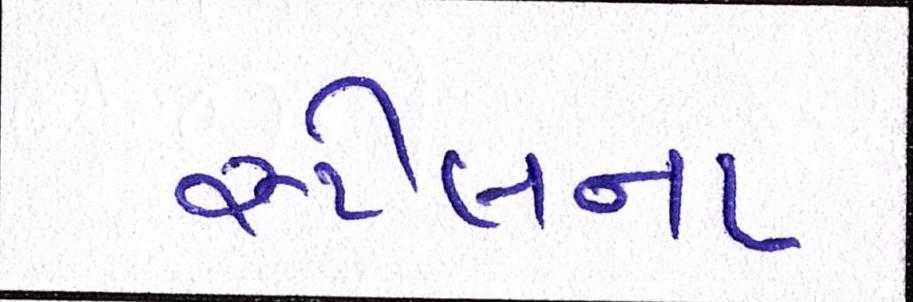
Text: સ્ટીલના